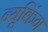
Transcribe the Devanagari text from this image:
न्यूकिंग